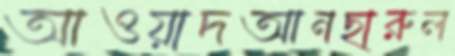
আওয়াদআনছারুল